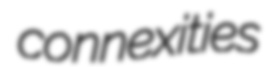
connexities